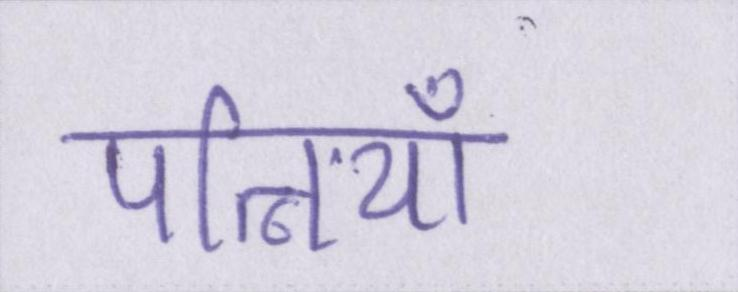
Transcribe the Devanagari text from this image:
पत्नियाँ